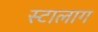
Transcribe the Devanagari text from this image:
स्टालाग